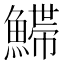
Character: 𩺌